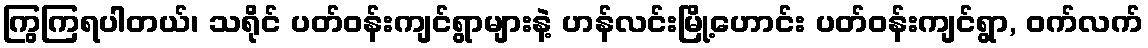
ကြွကြရပါတယ်၊ သရိုင် ပတ်ဝန်းကျင်ရွာများနဲ့ ဟန်လင်းမြို့ဟောင်း ပတ်ဝန်းကျင်ရွာ, ဝက်လက်